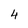
Character: 4